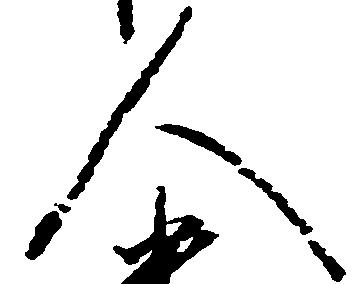
人